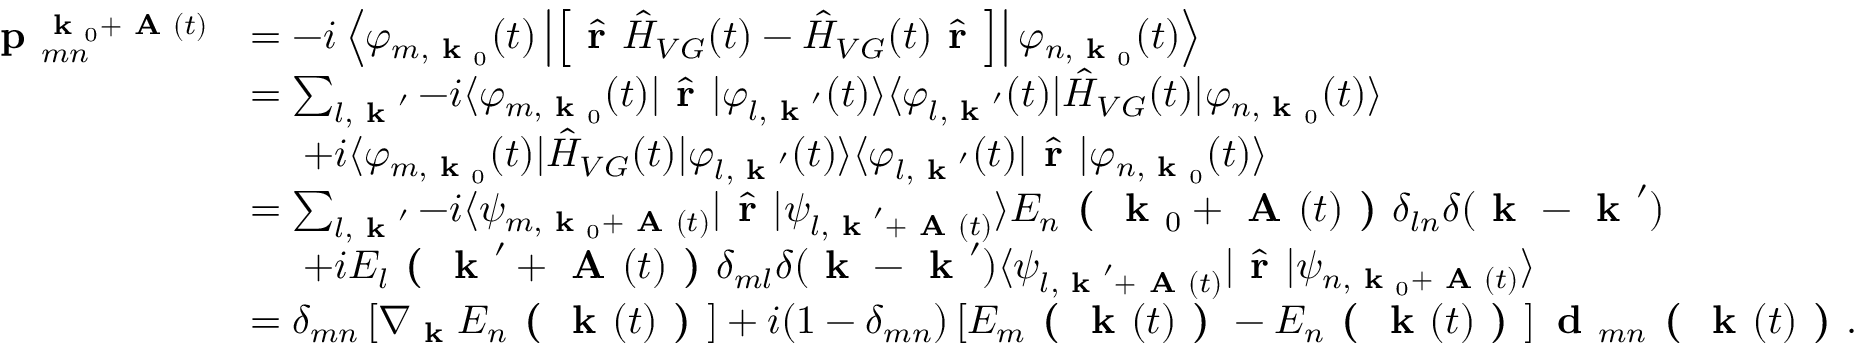
\begin{array} { r l } { \textbf { p } _ { m n } ^ { \textbf { k } _ { 0 } + \textbf { A } ( t ) } } & { = - i \left\langle \varphi _ { m , \textbf { k } _ { 0 } } ( t ) \left| \left[ \hat { \textbf { r } } \hat { H } _ { V G } ( t ) - \hat { H } _ { V G } ( t ) \hat { \textbf { r } } \right] \right| \varphi _ { n , \textbf { k } _ { 0 } } ( t ) \right\rangle } \\ & { = \sum _ { l , \textbf { k } ^ { \prime } } - i \langle \varphi _ { m , \textbf { k } _ { 0 } } ( t ) | \hat { \textbf { r } } | \varphi _ { l , \textbf { k } ^ { \prime } } ( t ) \rangle \langle \varphi _ { l , \textbf { k } ^ { \prime } } ( t ) | \hat { H } _ { V G } ( t ) | \varphi _ { n , \textbf { k } _ { 0 } } ( t ) \rangle } \\ & { \ \ \ \ + i \langle \varphi _ { m , \textbf { k } _ { 0 } } ( t ) | \hat { H } _ { V G } ( t ) | \varphi _ { l , \textbf { k } ^ { \prime } } ( t ) \rangle \langle \varphi _ { l , \textbf { k } ^ { \prime } } ( t ) | \hat { \textbf { r } } | \varphi _ { n , \textbf { k } _ { 0 } } ( t ) \rangle } \\ & { = \sum _ { l , \textbf { k } ^ { \prime } } - i \langle \psi _ { m , \textbf { k } _ { 0 } + \textbf { A } ( t ) } | \hat { \textbf { r } } | \psi _ { l , \textbf { k } ^ { \prime } + \textbf { A } ( t ) } \rangle E _ { n } \textbf { ( } \textbf { k } _ { 0 } + \textbf { A } ( t ) \textbf { ) } \delta _ { l n } \delta ( \textbf { k } - \textbf { k } ^ { \prime } ) } \\ & { \ \ \ \ + i E _ { l } \textbf { ( } \textbf { k } ^ { \prime } + \textbf { A } ( t ) \textbf { ) } \delta _ { m l } \delta ( \textbf { k } - \textbf { k } ^ { \prime } ) \langle \psi _ { l , \textbf { k } ^ { \prime } + \textbf { A } ( t ) } | \hat { \textbf { r } } | \psi _ { n , \textbf { k } _ { 0 } + \textbf { A } ( t ) } \rangle } \\ & { = \delta _ { m n } \left[ \nabla _ { \textbf { k } } E _ { n } \textbf { ( } \textbf { k } ( t ) \textbf { ) } \right] + i ( 1 - \delta _ { m n } ) \left[ E _ { m } \textbf { ( } \textbf { k } ( t ) \textbf { ) } - E _ { n } \textbf { ( } \textbf { k } ( t ) \textbf { ) } \right] \textbf { d } _ { m n } \textbf { ( } \textbf { k } ( t ) \textbf { ) } . } \end{array}